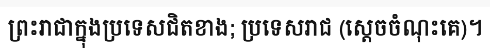
ព្រះរាជាក្នុងប្រទេសជិតខាង; ប្រទេសរាជ (ស្តេចចំណុះគេ)។